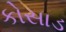
કોસાડ